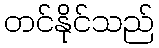
တင်နိုင်သည်